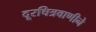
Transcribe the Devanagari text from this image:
दूरचित्रवाणीने